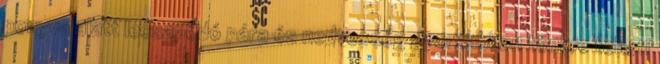
ponyva alatt lecsapódó pára és nedvesség gyorsabban tönkre teheti